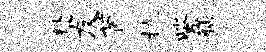
赴友茵抗紫舳